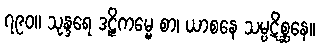
၇၉၀။ သုန္ဒရေ ဒဠှိကမ္မေ စာ၊ ယာစနေ သမ္ပဋိစ္ဆနေ။